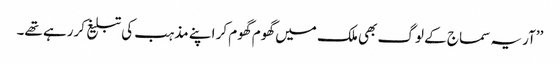
’’آریہ سماج کے لوگ بھی ملک میں گھوم گھوم کر اپنے مذہب کی تبلیغ کررہے تھے۔